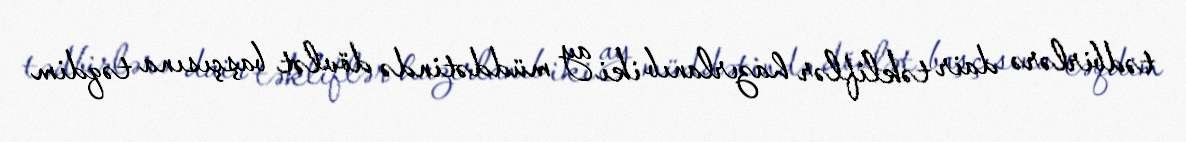
tədbirlərə dair təkliflər hazırlanıb iki ay müddətində dövlət başçısına təqdim